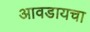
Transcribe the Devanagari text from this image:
आवडायचा